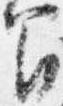
間